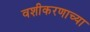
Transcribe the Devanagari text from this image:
वशीकरणाच्या